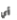
أي